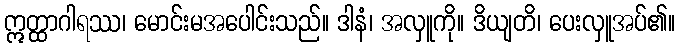
ဣတ္ထာဂါရဿ၊ မောင်းမအပေါင်းသည်။ ဒါနံ၊ အလှူကို။ ဒိယျတိ၊ ပေးလှူအပ်၏။